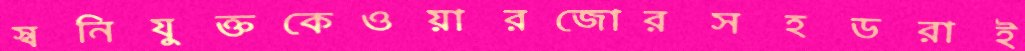
স্বনিযুক্তকেওয়ারজোরসহডরাই